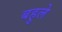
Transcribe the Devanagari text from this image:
बहुले